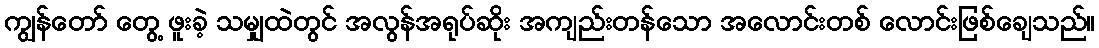
ကျွန်တော် တွေ့ ဖူးခဲ့ သမျှထဲတွင် အလွန်အရုပ်ဆိုး အကျည်းတန်သော အလောင်းတစ် လောင်းဖြစ်ချေသည်။